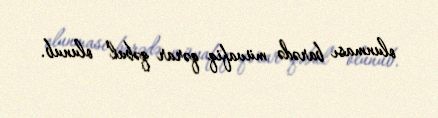
olunması barədə müvafiq qərar qəbul olunub.